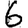
Digit: 6